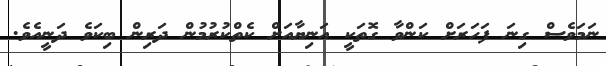
ނަމަވެސް ގިނަ ފަހަރަށް ކަންވާ ގޮތަކީ އަނިޔާއަށް ކެތްކުރުމުން ދަރިން ބިކަވެ ދަނީއެވެ.